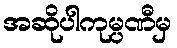
အဆိုပါကုမ္ပဏီမှ